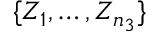
\{ Z _ { 1 } , \dots , Z _ { n _ { 3 } } \}